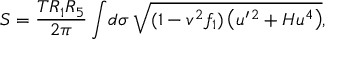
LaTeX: S = \frac { T R _ { 1 } R _ { 5 } } { 2 \pi } \int \! d \sigma \; \sqrt { ( 1 - v ^ { 2 } f _ { 1 } ) \left( u ^ { \prime \, 2 } + H u ^ { 4 } \right) } ,